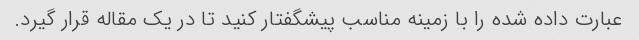
عبارت داده شده را با زمینه مناسب پیشگفتار کنید تا در یک مقاله قرار گیرد.